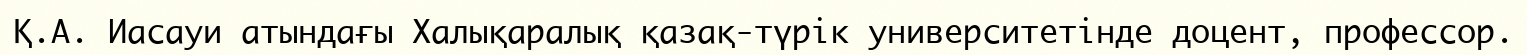
Қ.А. Иасауи атындағы Халықаралық қазақ-түрік университетінде доцент, профессор.